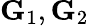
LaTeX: {\mathbf G}_{1},{\mathbf G}_{2}